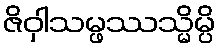
ဇိဝှါသမ္ဖဿသ္မိမ္ပိ